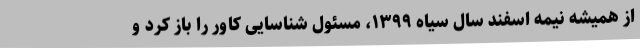
از همیشه نیمه اسفند سال سیاه ۱۳۹۹، مسئول شناسایی کاور را باز کرد و